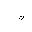
Letter: _kaf